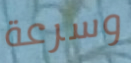
وسرعة